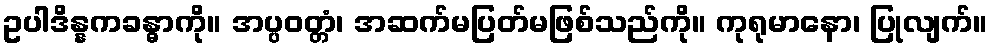
ဥပါဒိန္နကခန္ဓာကို။ အပ္ပဝတ္တံ၊ အဆက်မပြတ်မဖြစ်သည်ကို။ ကုရုမာနော၊ ပြုလျက်။